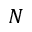
N